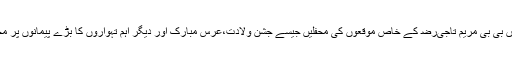
بابا تاج الدین ﺭﺿ اور حضرت اماں بی بی مریم تاجیﺭﺿ کے خاص موقعوں کی محفلیں جیسے جشن ولادت،عرس مبارک اور دیگر اہم تہواروں کا بڑے پیمانوں پر مختلف آستانوں پرانعقاد کیا جاتا ہے۔